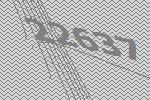
22637